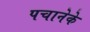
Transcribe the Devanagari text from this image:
पचानेके